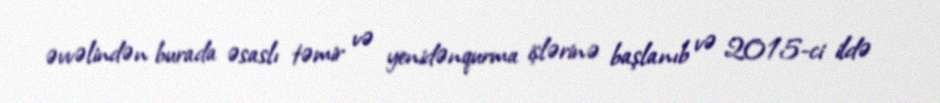
əvvəlindən burada əsaslı təmir və yenidənqurma işlərinə başlanıb və 2015-ci ildə